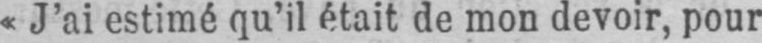
«J’ai estimé qu’il était de mon devoir, pour